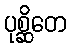
ပုစ္ဆိတေ